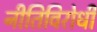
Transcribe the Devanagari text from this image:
नीतिविरोधी